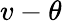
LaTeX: v-\theta